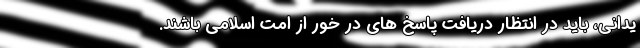
یدانی، باید در انتظار دریافت پاسخ های در خور از امت اسلامی باشند.